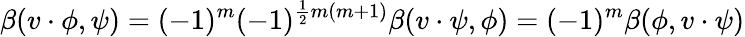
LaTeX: \beta(v\cdot\phi,\psi)=(-1)^{m}(-1)^{{\frac{1}{2}}m(m+1)}\beta(v\cdot\psi,\phi)=(-1)^{m}\beta(\phi,v\cdot\psi)